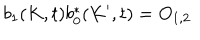
LaTeX: b _ { 1 } ( K , t ) b _ { 0 } ^ { \ast } ( K ^ { \prime } , t ) = O _ { 1 , 2 }